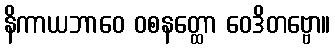
နိကာယဘာဝေ ဝစနတ္ထော ဝေဒိတဗ္ဗော။